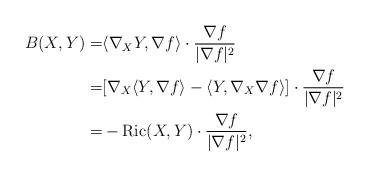
LaTeX: \begin{align*}B(X,Y)=&\langle \nabla_{X}Y,\nabla f\rangle\cdot\frac{\nabla f}{|\nabla f|^{2}}\\=&[\nabla_{X}\langle Y,\nabla f\rangle-\langle Y,\nabla_{X}\nabla f\rangle]\cdot\frac{\nabla f}{|\nabla f|^{2}}\\=&-{\rm Ric}(X,Y)\cdot\frac{\nabla f}{|\nabla f|^{2}},\end{align*}